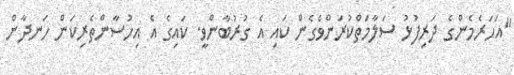
"އަހަރެމެންގެ ދަރިފުޅު ސަލާމަތްކުރަންވެގެން ކައި އެ ގުރުބާންވީ. ކައިގެ އެ އިހުސާންތެރިކަން ހަނދާން